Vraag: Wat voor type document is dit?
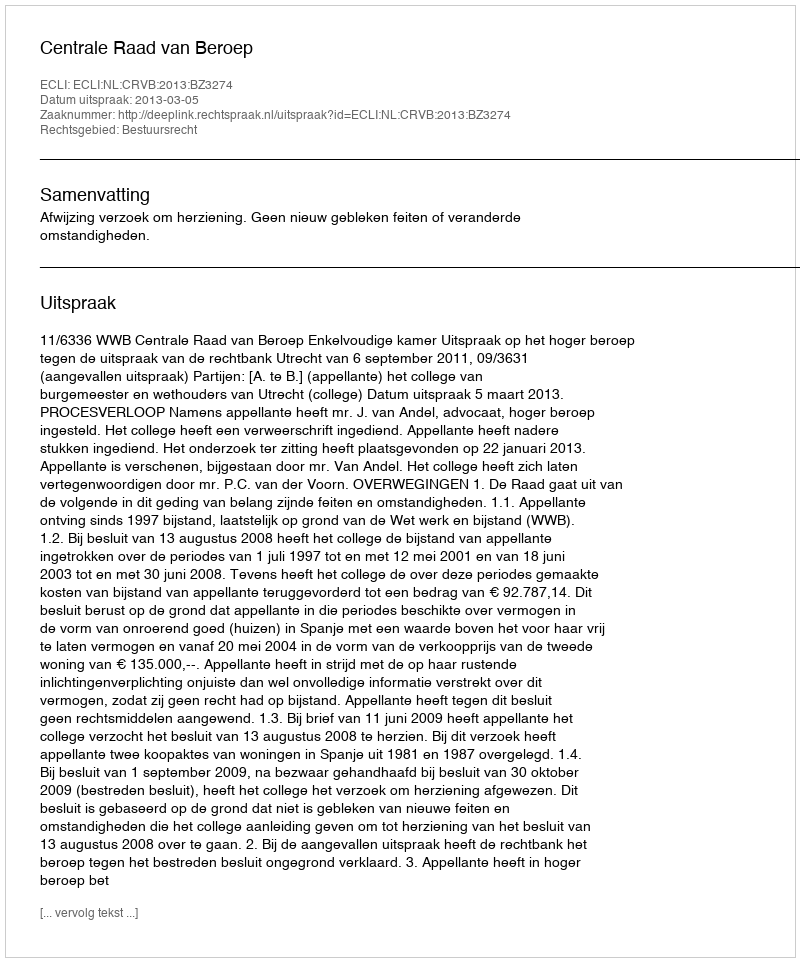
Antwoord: Uitspraak